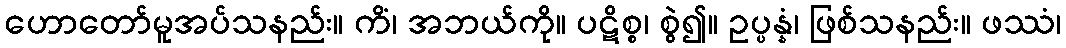
ဟောတော်မူအပ်သနည်း။ ကိံ၊ အဘယ်ကို။ ပဋိစ္စ၊ စွဲ၍။ ဥပ္ပန္နံ၊ ဖြစ်သနည်း။ ဖဿံ၊